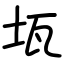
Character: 𤬪